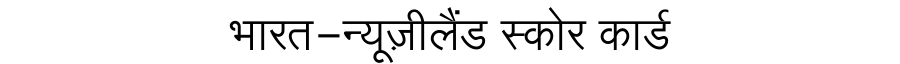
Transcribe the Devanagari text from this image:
भारत-न्यूज़ीलैंड स्कोर कार्ड